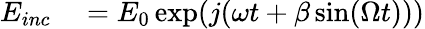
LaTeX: \begin{array}{rl}{E_{inc}}&{{}=E_{0}\exp(j(\omega t+\beta\sin(\Omega t)))}\end{array}